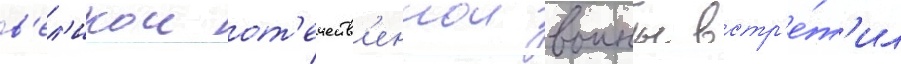
в'ел'икои от'ечеств'еннои воины встр'е́т'ил